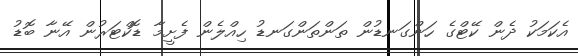
އެކަމަކު ދެން ކޭޓްގެ ހަންގަނޑުން ތަންތަންގަނޑު ހިއްލެން ފެށީމާ ޑޮކްޓަރުން އޭނާ ބޮޑު